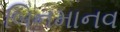
બિનમાનવ